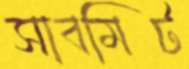
সাবমিট